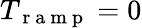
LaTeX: T_{\mathrm{~r~a~m~p~}}=0